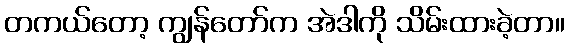
တကယ်တော့ ကျွန်တော်က အဲဒါကို သိမ်းထားခဲ့တာ။